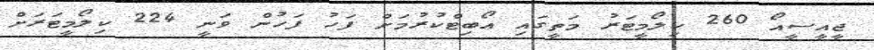
ޖީއީސީއޯ 260 ކިލޯމީޓަރު މަތީގައި އޯބިޓްކުރުމަށް ފަހު ފަހުން ވަނީ 224 ކިލޯމީޓަރަށް